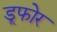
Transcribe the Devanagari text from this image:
डूफोर